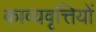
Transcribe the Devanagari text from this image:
काव्यवृत्तियों